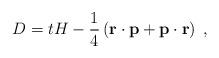
LaTeX: \begin{align*}D= t H - \frac{1}{4} \left( {\bf r} \cdot {\bf p} + {\bf p} \cdot{\bf r} \right) \; ,\end{align*}